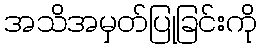
အသိအမှတ်ပြုခြင်းကို